Indian journal of veterinary science and animal husbandry - Volume 13,
Year: 1943
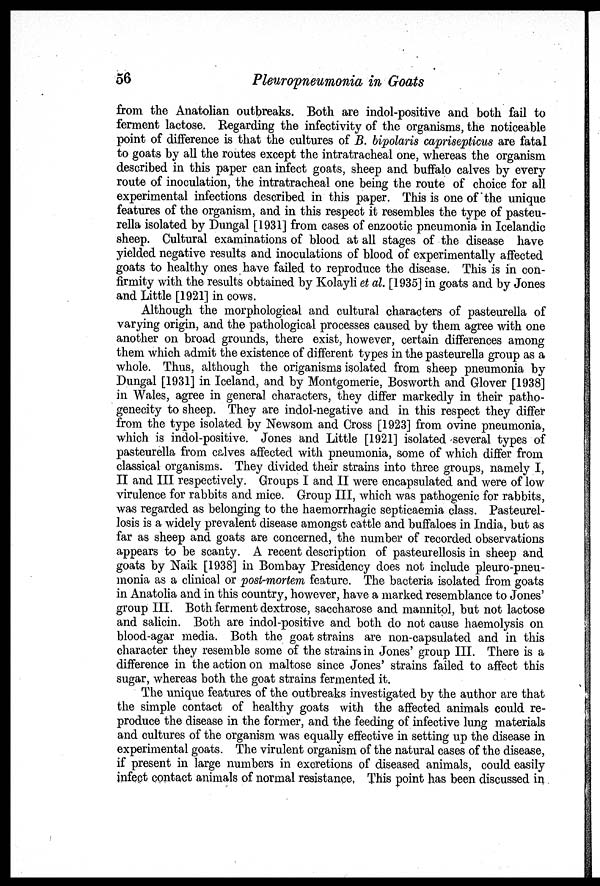
56
Pleuropneumonia in Goats
from the Anatolian outbreaks. Both are indol-positive and both fail to
ferment lactose. Regarding the infectivity of the organisms, the noticeable
point of difference is that the cultures of B. bipolaris caprisepticus are fatal
to goats by all the routes except the intratracheal one, whereas the organism
described in this paper can infect goats, sheep and buffalo calves by every
route of inoculation, the intratracheal one being the route of choice for all
experimental infections described in this paper. This is one of the unique
features of the organism, and in this respect it resembles the type of pasteu-
rella isolated by Dungal [1931] from cases of enzootic pneumonia in Icelandic
sheep. Cultural examinations of blood at all stages of the disease have
yielded negative results and inoculations of blood of experimentally affected
goats to healthy ones have failed to reproduce the disease. This is in con¬
firmity with the results obtained by Kolayli et al. [1935] in goats and by Jones
and Little [1921] in cows.
Although the morphological and cultural characters of pasteurella of
varying origin, and the pathological processes caused by them agree with one
another on broad grounds, there exist, however, certain differences among
them which admit the existence of different types in the pasteurella group as a
whole. Thus, although the origanisms isolated from sheep pneumonia by
Dungal [1931] in Iceland, and by Montgomerie, Bosworth and Glover [1938]
in Wales, agree in general characters, they differ markedly in their patho¬
genecity to sheep. They are indol-negative and in this respect they differ
from the type isolated by Newsom and Cross [1923] from ovine pneumonia,
which is indol-positive. Jones and Little [1921] isolated several types of
pasteurella from calves affected with pneumonia, some of which differ from
classical organisms. They divided their strains into three groups, namely I,
II and III respectively. Groups I and II were encapsulated and were of low
virulence for rabbits and mice. Group III, which was pathogenic for rabbits,
was regarded as belonging to the haemorrhagic septicaemia class. Pasteurel-
losis is a widely prevalent disease amongst cattle and buffaloes in India, but as
far as sheep and goats are concerned, the number of recorded observations
appears to be scanty. A recent description of pasteurellosis in sheep and
goats by Naik [1938] in Bombay Presidency does not include pleuro-pneu-
monia as a clinical or post-mortem feature. The bacteria isolated from goats
in Anatolia and in this country, however, have a marked resemblance to Jones'
group III. Both ferment dextrose, saccharose and mannitol, but not lactose
and salicin. Both are indol-positive and both do not cause haemolysis on
blood-agar media. Both the goat strains are non-capsulated and in this
character they resemble some of the strains in Jones' group III. There is a
difference in the action on maltose since Jones' strains failed to affect this
sugar, whereas both the goat strains fermented it.
The unique features of the outbreaks investigated by the author are that
the simple contact of healthy goats with the affected animals could re-
produce the disease in the former, and the feeding of infective lung materials
and cultures of the organism was equally effective in setting up the disease in
experimental goats. The virulent organism of the natural cases of the disease,
if present in large numbers in excretions of diseased animals, could easily
infect contact animals of normal resistance. This point has been discussed in